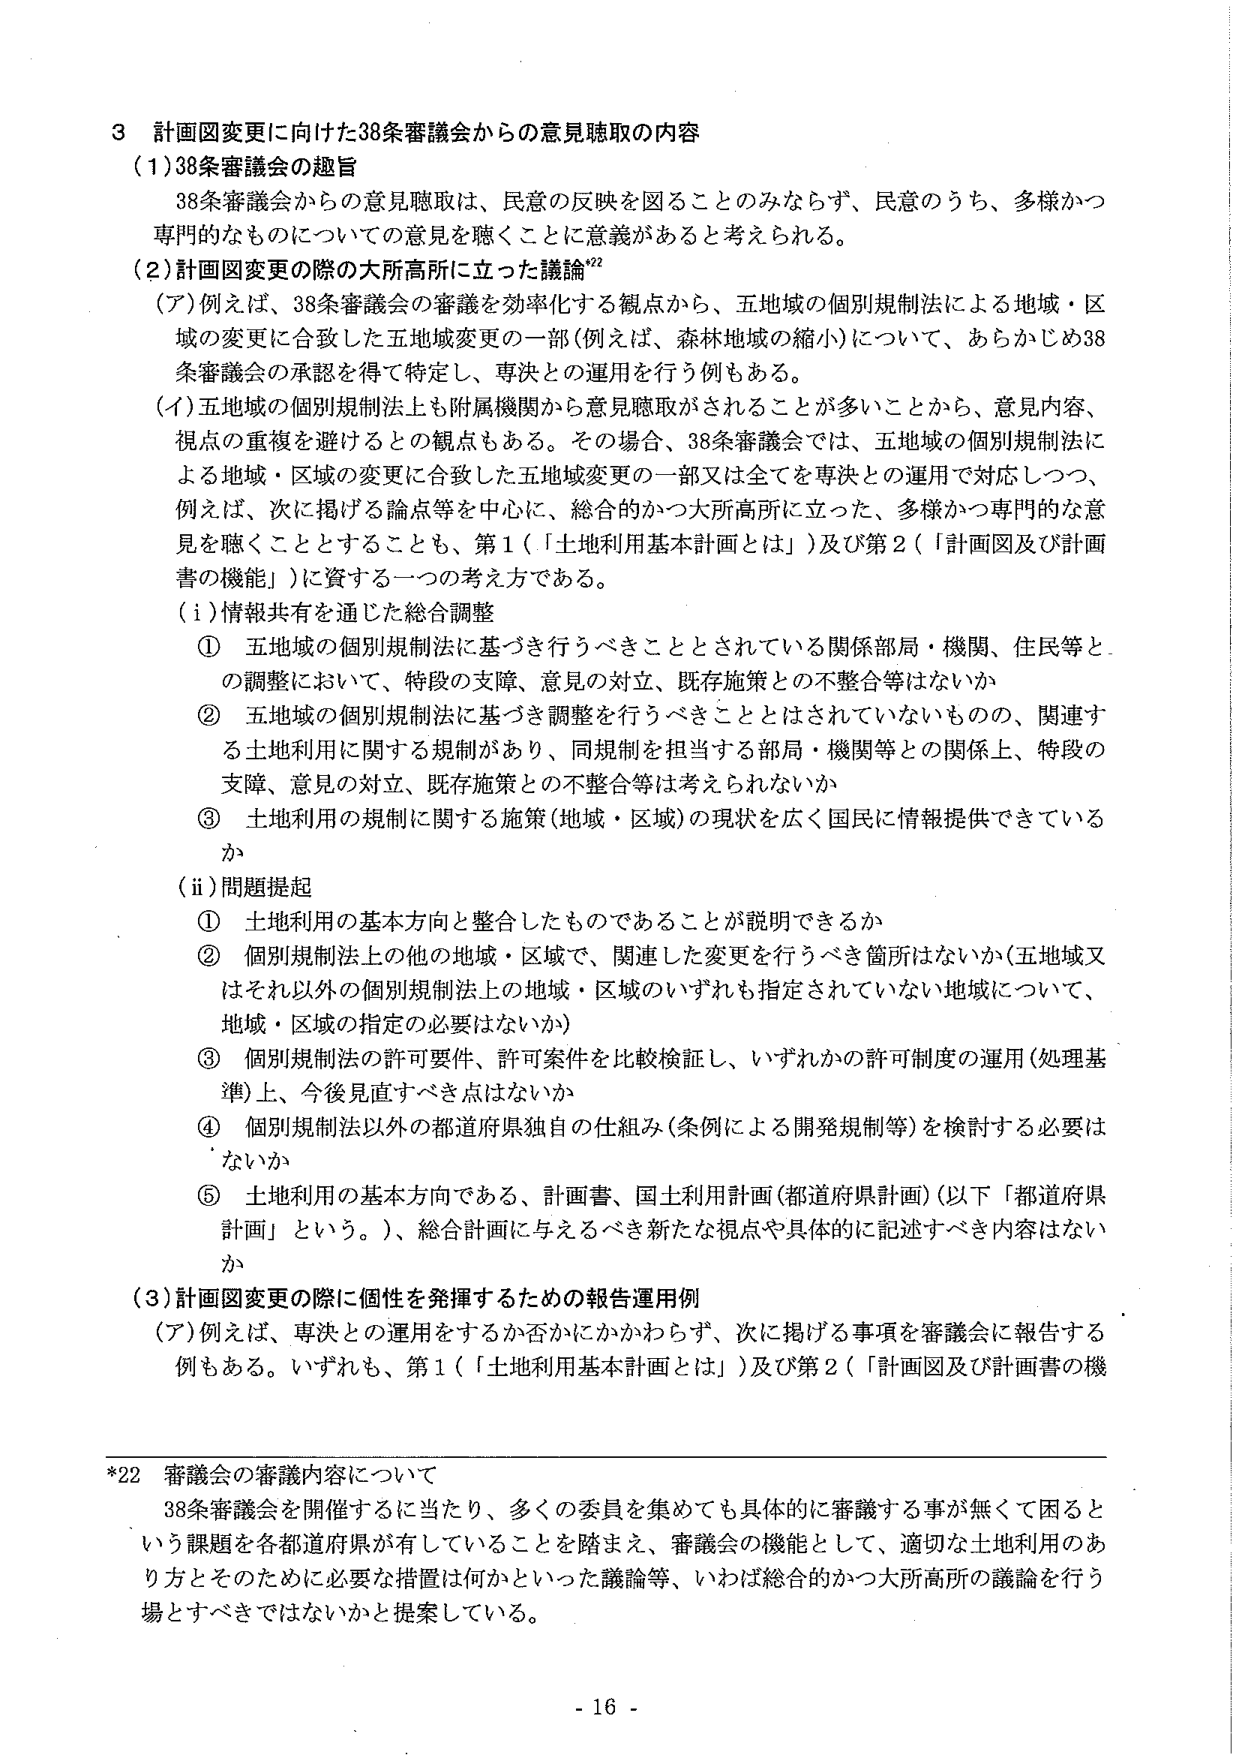
3 計画図変更に向けた38条審議会からの意見聴取の内容
(1) 38条審議会の趣旨
　38条審議会からの意見聴取は、民意の反映を図ることのみならず、民意のうち、多様かつ専門的なものについての意見を聴くことに意義があると考えられる。
(2) 計画図変更の際の大所高所に立った議論*22
　(ア) 例えば、38条審議会の審議を効率化する観点から、五地域の個別規制法による地域・区域の変更に合致した五地域変更の一部（例えば、森林地域の縮小）について、あらかじめ38条審議会の承認を得て特定し、専決との運用を行う例もある。
　(イ) 五地域の個別規制法上も附属機関から意見聴取がされることが多いことから、意見内容、視点の重複を避けるとの観点もある。その場合、38条審議会では、五地域の個別規制法による地域・区域の変更に合致した五地域変更の一部又は全てを専決との運用で対応しつつ、例えば、次に掲げる論点等を中心に、総合的かつ大所高所に立った、多様かつ専門的な意見を聴くこととすることも、第1（「土地利用基本計画とは」）及び第2（「計画図及び計画書の機能」）に資する一つの考え方である。
　(i) 情報共有を通じた総合調整
　　① 五地域の個別規制法に基づき行うべきこととされている関係部局・機関、住民等との調整において、特段の支障、意見の対立、既存施策との不整合等はないか
　　② 五地域の個別規制法に基づき調整を行うべきこととはされていないものの、関連する土地利用に関する規制があり、同規制を担当する部局・機関等との関係上、特段の支障、意見の対立、既存施策との不整合等は考えられないか
　　③ 土地利用の規制に関する施策（地域・区域）の現状を広く国民に情報提供できているか
　(ii) 問題提起
　　① 土地利用の基本方向と整合したものであることが説明できるか
　　② 個別規制法上の他の地域・区域で、関連した変更を行うべき箇所はないか（五地域又はそれ以外の個別規制法上の地域・区域のいずれも指定されていない地域について、地域・区域の指定の必要はないか）
　　③ 個別規制法の許可要件、許可案件を比較検証し、いずれかの許可制度の運用（処理基準）上、今後見直すべき点はないか
　　④ 個別規制法以外の都道府県独自の仕組み（条例による開発規制等）を検討する必要はないか
　　⑤ 土地利用の基本方向である、計画書、国土利用計画（都道府県計画）（以下「都道府県計画」という。）、総合計画に与えるべき新たな視点や具体的に記述すべき内容はないか
(3) 計画図変更の際に個性を発揮するための報告運用例
　(ア) 例えば、専決との運用をするか否かにかかわらず、次に掲げる事項を審議会に報告する例もある。いずれも、第1（「土地利用基本計画とは」）及び第2（「計画図及び計画書の機

*22 審議会の審議内容について
　38条審議会を開催するに当たり、多くの委員を集めても数具体的に審議する事が無くて困るという課題を各都道府県が有していることを踏まえ、審議会の機能として、適切な土地利用のあり方とそのために必要な措置は何かといった議論等、いわば総合的かつ大所高所の議論を行う場とすべきではないかと提案している。

- 16 -